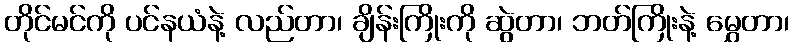
တိုင်မင်ကို ပင်နယံနဲ့ လည်တာ၊ ချိန်းကြိုးကို ဆွဲတာ၊ ဘတ်ကြိုးနဲ့ မွှေတာ၊